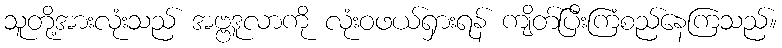
သူတို့အားလုံးသည် အဗ္ဗဒူလာကို လုံးဝဖယ်ရှားရန် ကျိတ်ပြီးကြံစည်နေကြသည်။